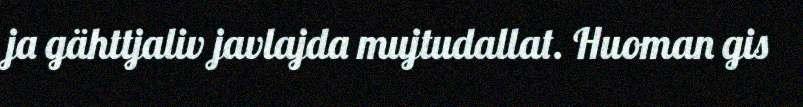
ja gähttjaliv javlajda mujtudallat. Huoman gis